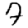
Digit: 7